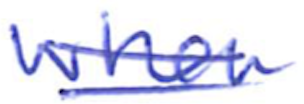
Text: When
Cross-out: double-line
Writing tool: ballpoint